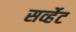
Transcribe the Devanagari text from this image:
सर्व्हेट